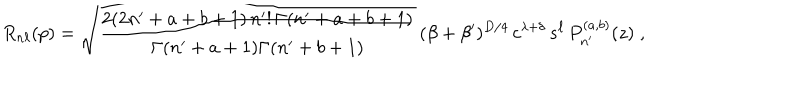
LaTeX: R _ { n \ell } ( p ) = \sqrt { \frac { 2 ( 2 n ^ { \prime } + a + b + 1 ) \, n ^ { \prime } ! \, \Gamma ( n ^ { \prime } + a + b + 1 ) } { \Gamma ( n ^ { \prime } + a + 1 ) \Gamma ( n ^ { \prime } + b + 1 ) } } \, ( \beta + \beta ^ { \prime } ) ^ { D / 4 } \, c ^ { \lambda + \delta } \, s ^ { \ell } \, P _ { n ^ { \prime } } ^ { ( a , b ) } ( z ) \; ,